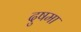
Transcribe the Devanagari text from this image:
दुषमा